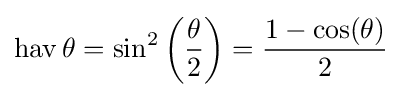
\operatorname {hav} \theta =\sin ^{2}\left({\frac {\theta }{2}}\right)={\frac {1-\cos(\theta )}{2}}